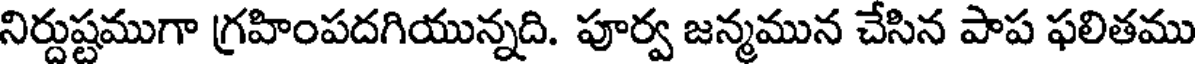
నిర్దుష్టముగా గ్రహింపదగియున్నది. పూర్వ జన్మమున చేసిన పాప ఫలితము